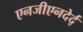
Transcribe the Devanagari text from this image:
एनजीएनदेर्द्